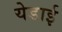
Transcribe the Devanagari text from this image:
येडाई